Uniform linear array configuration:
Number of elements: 16
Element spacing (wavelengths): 0.75
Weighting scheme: hann
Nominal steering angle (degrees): -45
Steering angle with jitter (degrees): -45.655
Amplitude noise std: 0.05
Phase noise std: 0.05

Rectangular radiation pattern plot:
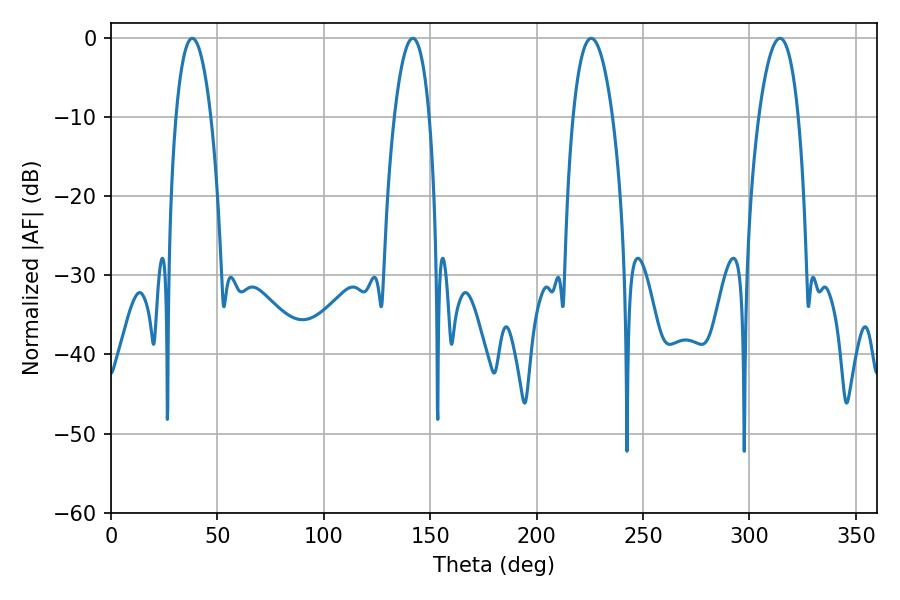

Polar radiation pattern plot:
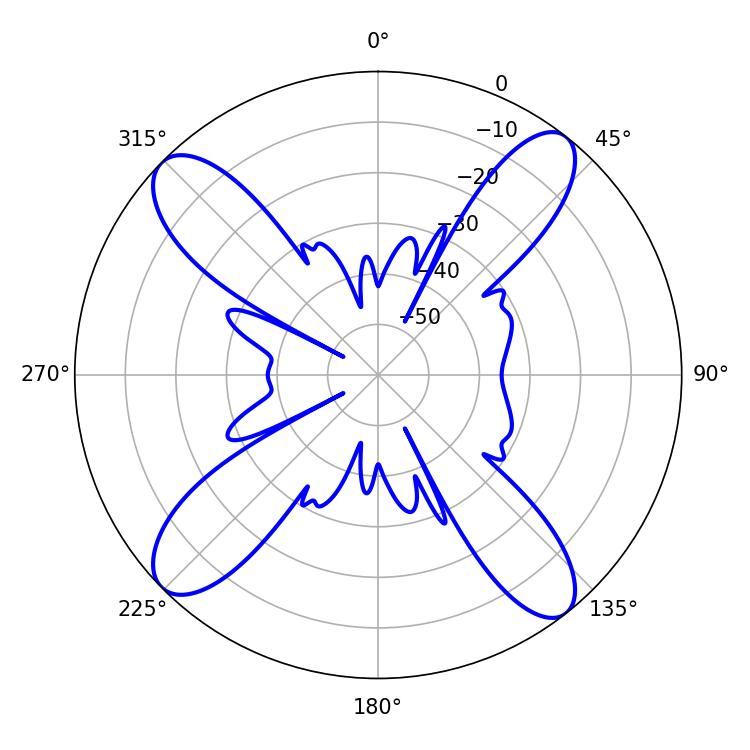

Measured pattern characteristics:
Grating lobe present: TRUE
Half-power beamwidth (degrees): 9
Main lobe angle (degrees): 38.16